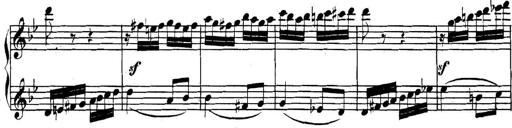
Title: Collected Piano Sonatas
Composer: Muzio Clementi